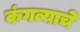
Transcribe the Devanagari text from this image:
कंगव्याचे